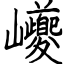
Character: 巙